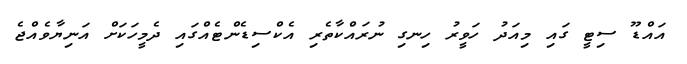
އައްޑޫ ސިޓީ ގައި މިއަދު ހަވީރު ހިނގި ނުރައްކާތެރި އެކްސިޑެންޓެއްގައި ދެމީހަކަށް އަނިޔާވެއްޖެ